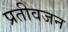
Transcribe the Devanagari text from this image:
प्रतीवजन